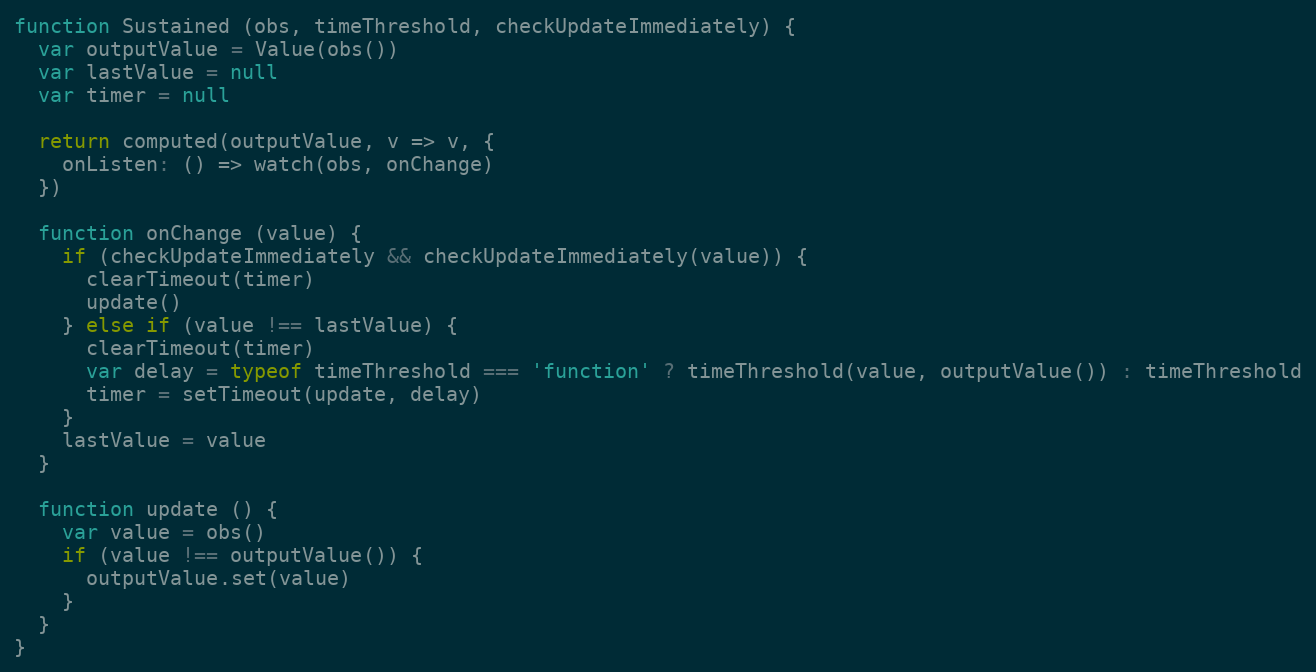
Language: JavaScript
function Sustained (obs, timeThreshold, checkUpdateImmediately) {
  var outputValue = Value(obs())
  var lastValue = null
  var timer = null

  return computed(outputValue, v => v, {
    onListen: () => watch(obs, onChange)
  })

  function onChange (value) {
    if (checkUpdateImmediately && checkUpdateImmediately(value)) {
      clearTimeout(timer)
      update()
    } else if (value !== lastValue) {
      clearTimeout(timer)
      var delay = typeof timeThreshold === 'function' ? timeThreshold(value, outputValue()) : timeThreshold
      timer = setTimeout(update, delay)
    }
    lastValue = value
  }

  function update () {
    var value = obs()
    if (value !== outputValue()) {
      outputValue.set(value)
    }
  }
}